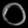
Digit: ၀